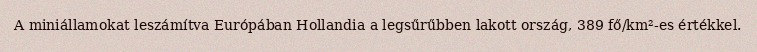
A miniállamokat leszámítva Európában Hollandia a legsűrűbben lakott ország, 389 fő/km²-es értékkel.